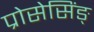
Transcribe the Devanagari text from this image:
प्रोसेसिंङ्